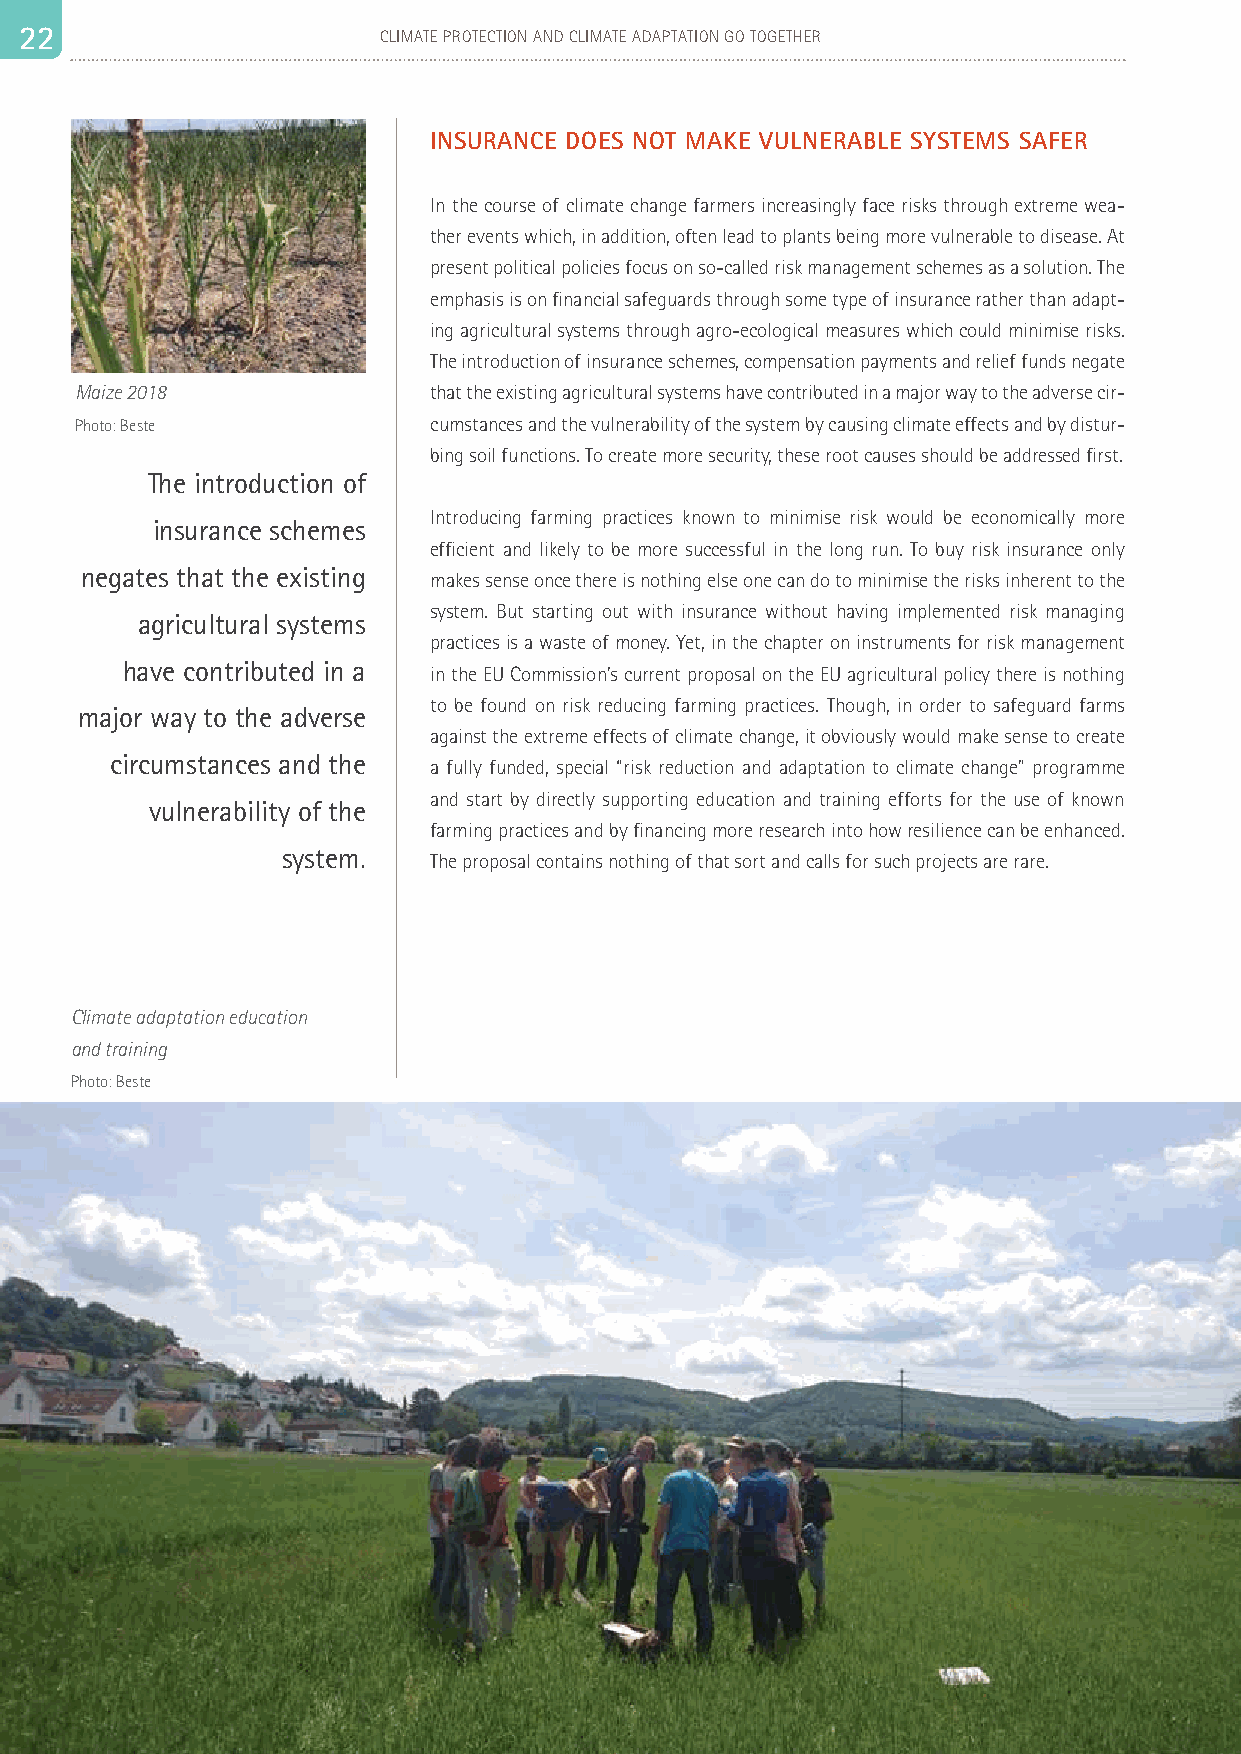
2 22 2                  CLIMATE PROTECTION AND CLIMATE ADAPTATION GO TOGETHER                                                                                   23
 INSURANCE DOES NOT MAKE VULNERABLE SYSTEMS SAFER
 In the course of climate change farmers increasingly face risks through extreme wea-
 ther events which, in addition, often lead to plants being more vulnerable to disease. At
 present political policies focus on so-called risk management schemes as a solution. The
 emphasis is on financial safeguards through some type of insurance rather than adapt-
 ing agricultural systems through agro-ecological measures which could minimise risks.
 The introduction of insurance schemes, compensation payments and relief funds negate
 Maize 2018             that the existing agricultural systems have contributed in a major way to the adverse cir-
 Photo: Beste           cumstances and the vulnerability of the system by causing climate effects and by distur-
 bing soil functions. To create more security, these root causes should be addressed first.
 The introduction of
 Introducing farming practices known to minimise risk would be economically more
 insurance schemes
 efficient and likely to be more successful in the long run. To buy risk insurance only
 negates that the existing
 makes sense once there is nothing else one can do to minimise the risks inherent to the
 system. But starting out with insurance without having implemented risk managing
 agricultural systems
 practices is a waste of money. Yet, in the chapter on instruments for risk management
 have contributed in a
 in the EU Commission’s current proposal on the EU agricultural policy there is nothing
 to be found on risk reducing farming practices. Though, in order to safeguard farms
 major way to the adverse
 against the extreme effects of climate change, it obviously would make sense to create
 circumstances and the
 a fully funded, special “risk reduction and adaptation to climate change” programme
 and start by directly supporting education and training efforts for the use of known
 vulnerability of the
 farming practices and by financing more research into how resilience can be enhanced.
 system.
 The proposal contains nothing of that sort and calls for such projects are rare.
 Climate adaptation education
 and training
 Photo: Beste
 COMMISSIONED BY MARTIN HÄUSLING, MEP